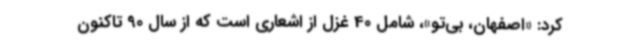
کرد: «اصفهان، بی‌تو»، شامل 40 غزل از اشعاری است که از سال 90 تاکنون